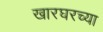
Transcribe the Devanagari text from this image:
खारघरच्या